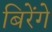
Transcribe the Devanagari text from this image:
बिरेंगे